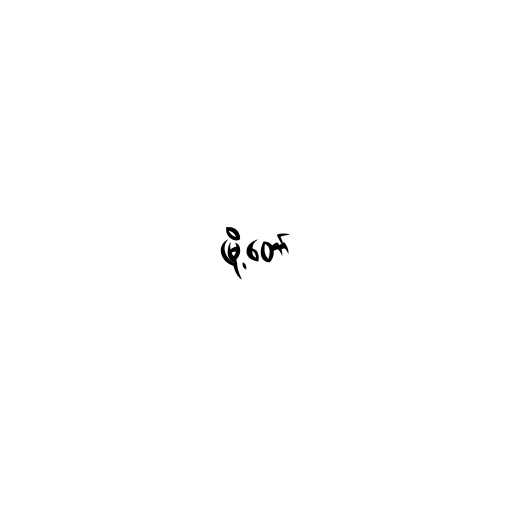
မြို့တော်